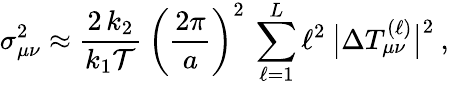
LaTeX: \sigma_{\mu\nu}^{2}\approx\frac{2\, k_{2}}{k_{1}\mathcal{T}}\: \left(\frac{2\pi}{a}\right)^{2}\: \sum_{\ell=1}^{L}\ell^{2}\: \big|\Delta T_{\mu\nu}^{(\ell)}\big|^{2}\: ,